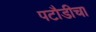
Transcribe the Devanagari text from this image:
पटौडीचा